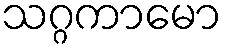
သဂ္ဂကာမော